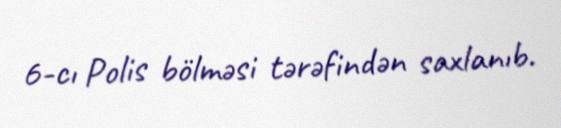
6-cı Polis bölməsi tərəfindən saxlanıb.